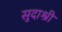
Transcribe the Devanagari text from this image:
सुदाश्री